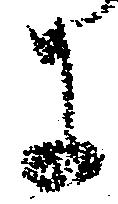
に